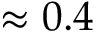
\approx 0 . 4